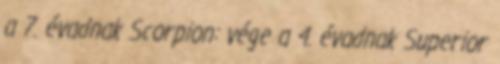
a 7. évadnak Scorpion: vége a 4. évadnak Superior